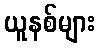
ယူနစ်များ